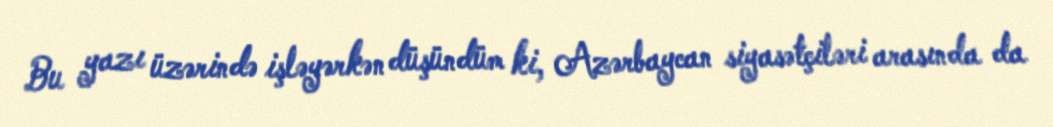
Bu yazı üzərində işləyərkən düşündüm ki, Azərbaycan siyasətçiləri arasında da